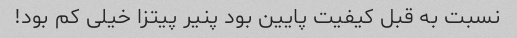
نسبت به قبل کیفیت پایین بود پنیر پیتزا خیلی کم بود!